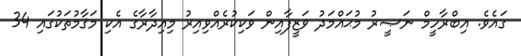
ގައެވެ. އިބްރާހީމް ނަޞީރު މުޙައްމަދު ވަޒީފާއިން ވަކިކުރެއްވިއިރު މިއިދާރާގެ އެކި މަޤާމުތަކުގައި 34